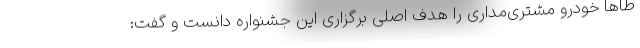
طاها خودرو مشتری‌مداری را هدف اصلی برگزاری این جشنواره دانست و گفت: